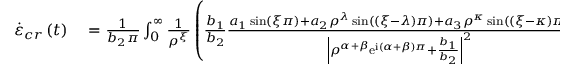
\begin{array} { r l } { \dot { \varepsilon } _ { c r } \left( t \right) } & { { } = \frac { 1 } { b _ { 2 } \pi } \int _ { 0 } ^ { \infty } \frac { 1 } { \rho ^ { \xi } } \left( \frac { b _ { 1 } } { b _ { 2 } } \frac { a _ { 1 } \sin \left( \xi \pi \right) + a _ { 2 } \rho ^ { \lambda } \sin \left( \left( \xi - \lambda \right) \pi \right) + a _ { 3 } \rho ^ { \kappa } \sin \left( \left( \xi - \kappa \right) \pi \right) } { \left\vert \rho ^ { \alpha + \beta } \mathrm { e } ^ { \mathrm { i } \left( \alpha + \beta \right) \pi } + \frac { b _ { 1 } } { b _ { 2 } } \right\vert ^ { 2 } } \right. } \end{array}